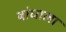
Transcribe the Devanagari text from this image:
बांधाला